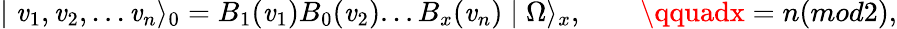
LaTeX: \mid\mathit{v}_{1},\mathit{v}_{2},...\mathit{v}_{n}\rangle_{0}=B_{1}(\mathit{v}_{1})B_{0}(\mathit{v}_{2})...B_{x}(\mathit{v}_{n})\mid\Omega\rangle_{x},\qquad\qquadx=n(mod2),